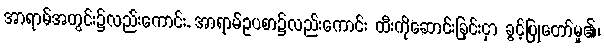
အာရာမ်အတွင်း၌လည်းကောင်း, အာရာမ်ဥပစာ၌လည်းကောင်း ထီးကိုဆောင်းခြင်းငှာ ခွင့်ပြုတော်မူ၏၊